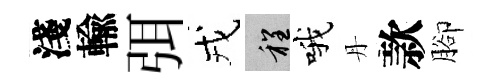
淺輸弭戎程哦丹款腳